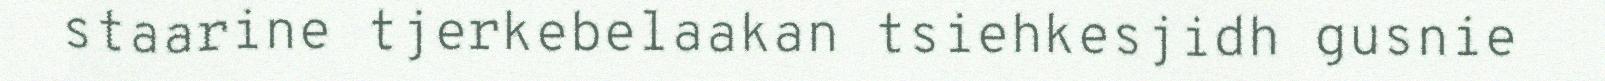
staarine tjerkebelaakan tsiehkesjidh gusnie